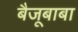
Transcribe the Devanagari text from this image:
बैजूबाबा